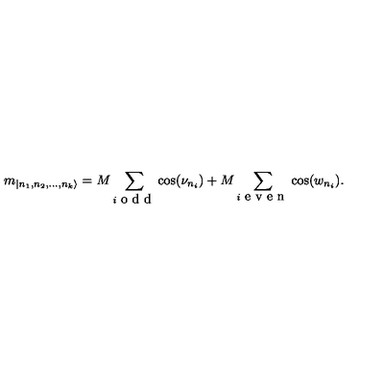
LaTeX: m _ { | n _ { 1 } , n _ { 2 } , \dots , n _ { k } \rangle } = M \sum _ { i \textrm { o d d } } \cos ( \nu _ { n _ { i } } ) + M \sum _ { i \textrm { e v e n } } \cos ( w _ { n _ { i } } ) .